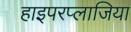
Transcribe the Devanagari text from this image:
हाइपरप्लाजिया